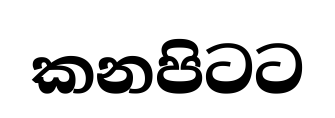
කනපිටට